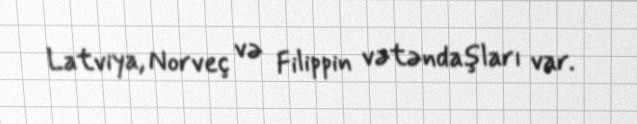
Latviya, Norveç və Filippin vətəndaşları var.